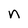
Character: n